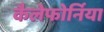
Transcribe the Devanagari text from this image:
कैलेफोर्निया